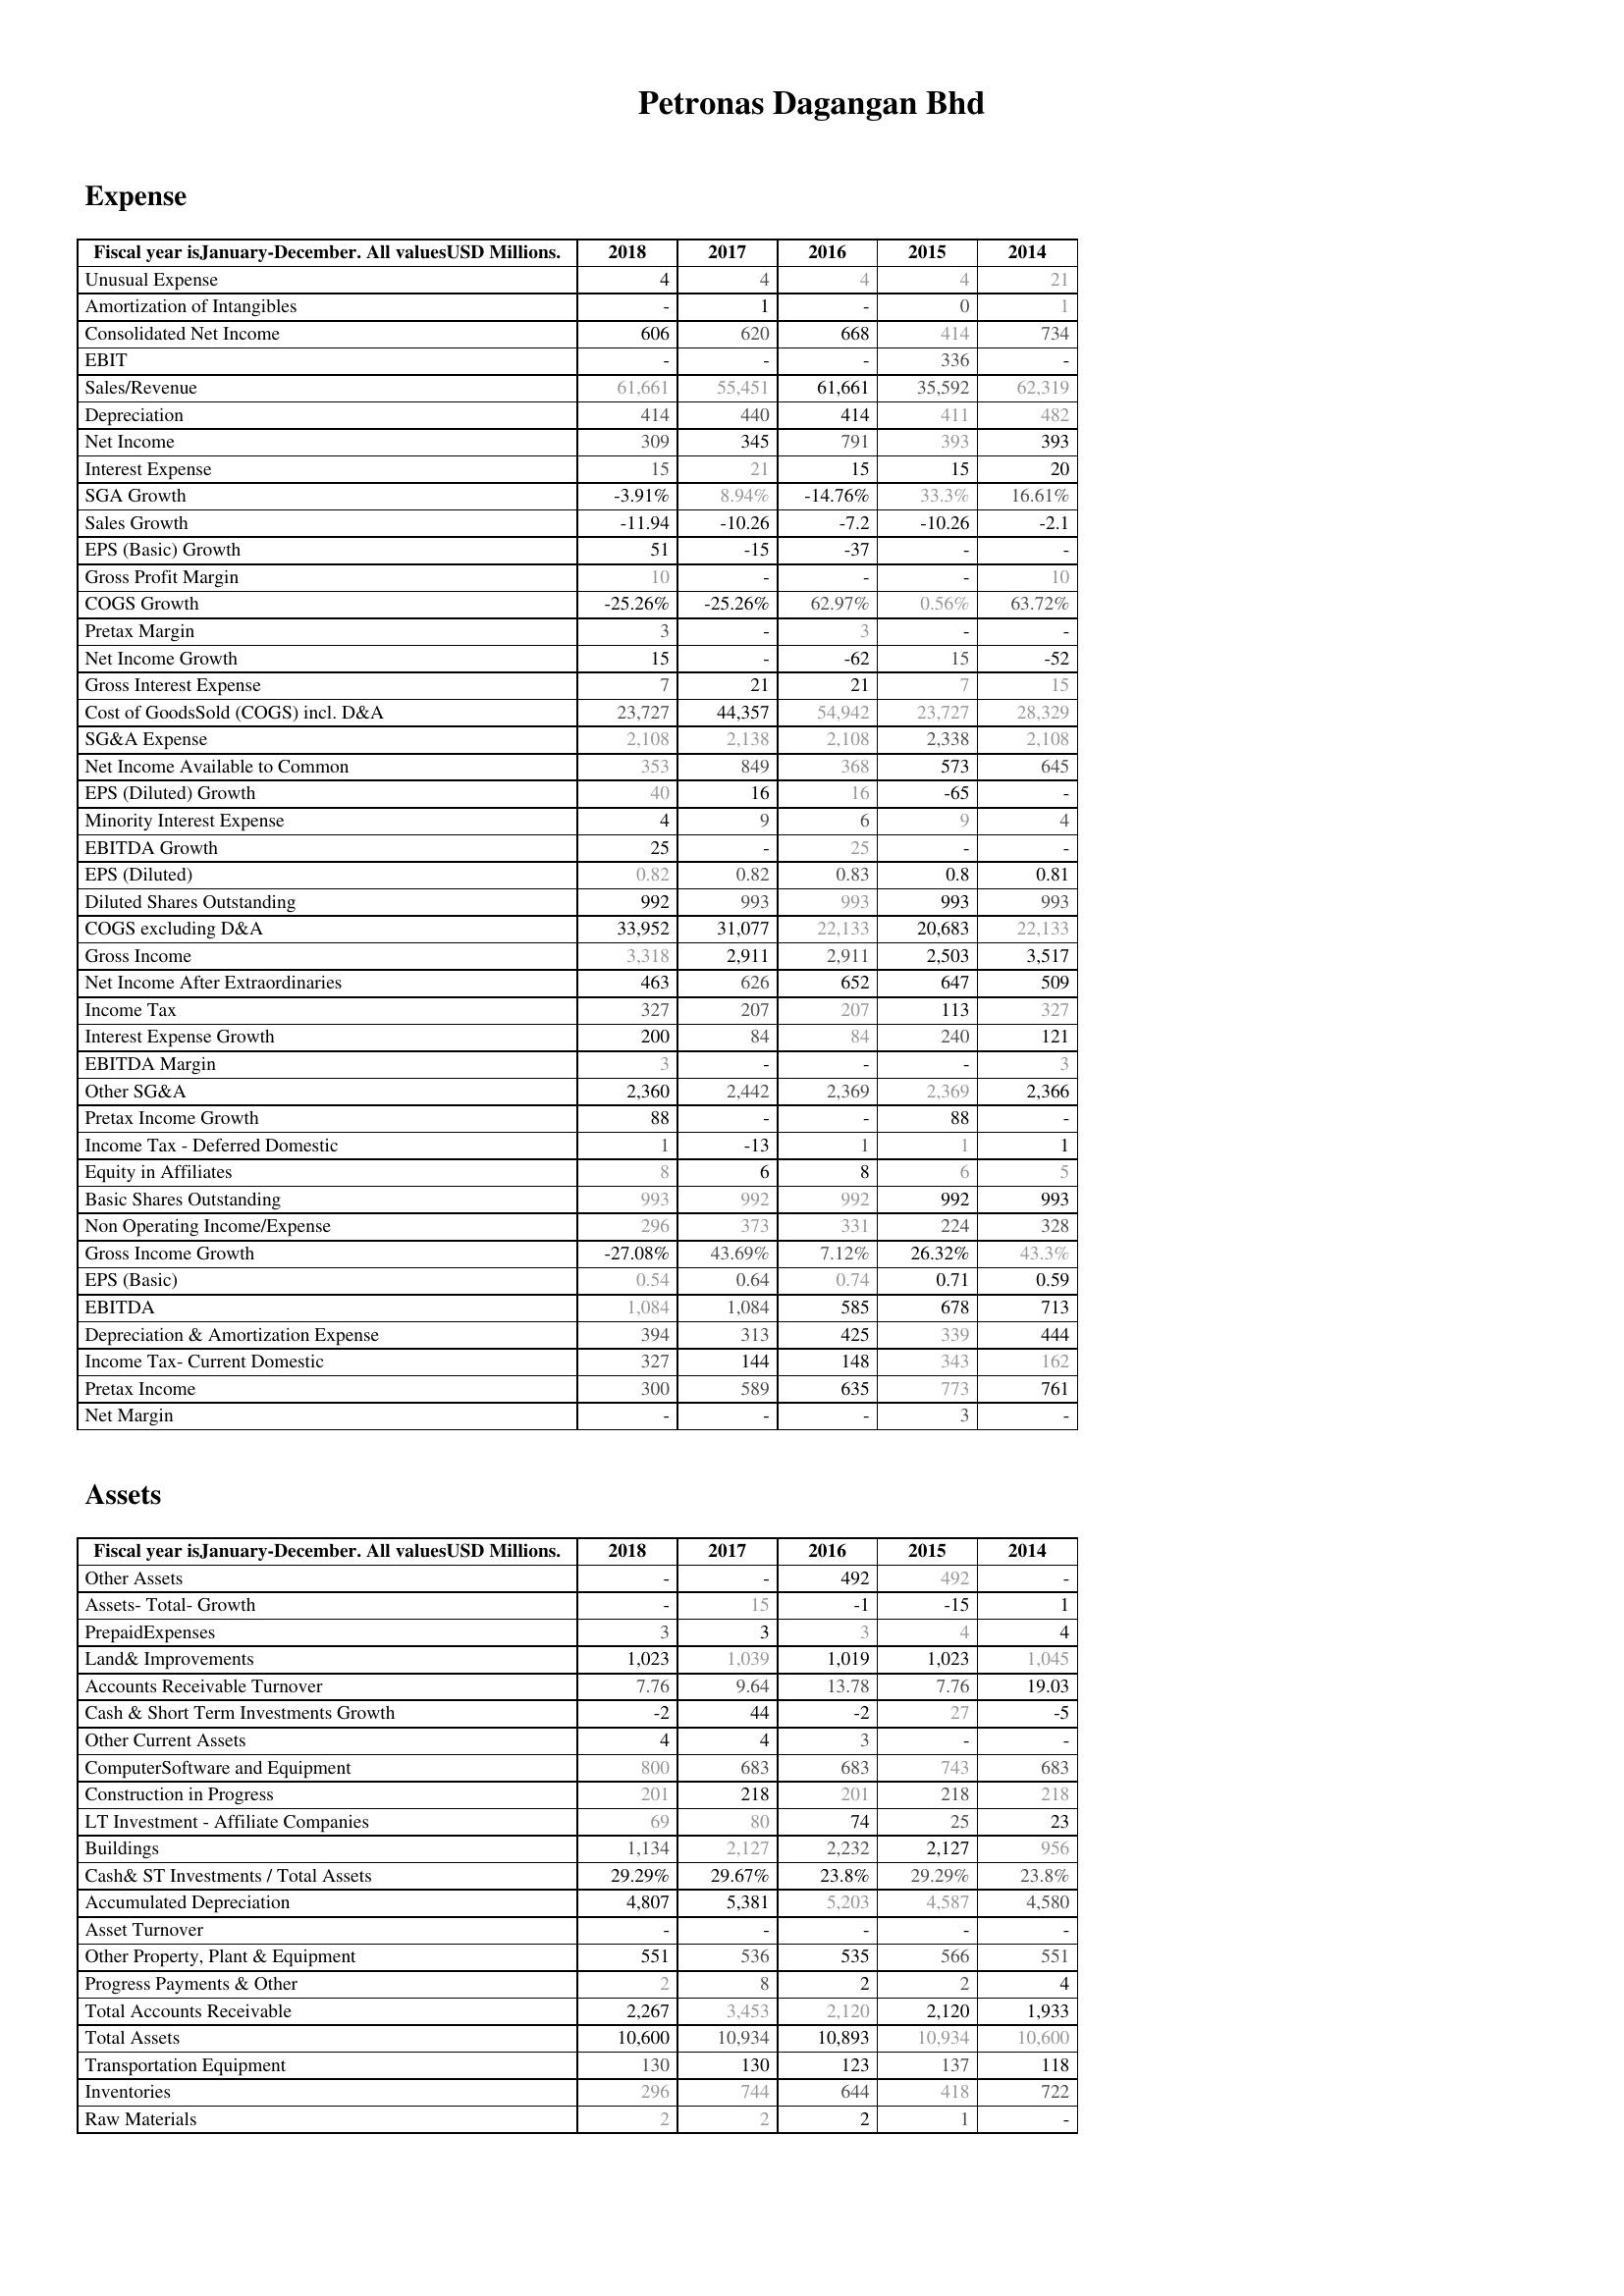
2018: Expense: Unusual Expense: 4
Amortization of Intangibles: -
Consolidated Net Income: 606
EBIT: -
Sales/Revenue: 61,661
Depreciation: 414
Net Income: 309
Interest Expense: 15
SGA Growth: -3.91%
Sales Growth: -11.94
EPS (Basic) Growth: 51
Gross Profit Margin: 10
COGS Growth: -25.26%
Pretax Margin: 3
Net Income Growth: 15
Gross Interest Expense: 7
Cost of GoodsSold (COGS) incl. D&A: 23,727
SG&A Expense: 2,108
Net Income Available to Common: 353
EPS (Diluted) Growth: 40
Minority Interest Expense: 4
EBITDA Growth: 25
EPS (Diluted): 0.82
Diluted Shares Outstanding: 992
COGS excluding D&A: 33,952
Gross Income: 3,318
Net Income After Extraordinaries: 463
Income Tax: 327
Interest Expense Growth: 200
EBITDA Margin: 3
Other SG&A: 2,360
Pretax Income Growth: 88
Income Tax - Deferred Domestic: 1
Equity in Affiliates: 8
Basic Shares Outstanding: 993
Non Operating Income/Expense: 296
Gross Income Growth: -27.08%
EPS (Basic): 0.54
EBITDA: 1,084
Depreciation & Amortization Expense: 394
Income Tax- Current Domestic: 327
Pretax Income: 300
Net Margin: -
Assets: Other Assets: -
Assets- Total- Growth: -
PrepaidExpenses: 3
Land& Improvements: 1,023
Accounts Receivable Turnover: 7.76
Cash & Short Term Investments Growth: -2
Other Current Assets: 4
ComputerSoftware and Equipment: 800
Construction in Progress: 201
LT Investment - Affiliate Companies: 69
Buildings: 1,134
Cash& ST Investments / Total Assets: 29.29%
Accumulated Depreciation: 4,807
Asset Turnover: -
Other Property, Plant & Equipment: 551
Progress Payments & Other: 2
Total Accounts Receivable: 2,267
Total Assets: 10,600
Transportation Equipment: 130
Inventories: 296
Raw Materials: 2
2017: Expense: Unusual Expense: 4
Amortization of Intangibles: 1
Consolidated Net Income: 620
EBIT: -
Sales/Revenue: 55,451
Depreciation: 440
Net Income: 345
Interest Expense: 21
SGA Growth: 8.94%
Sales Growth: -10.26
EPS (Basic) Growth: -15
Gross Profit Margin: -
COGS Growth: -25.26%
Pretax Margin: -
Net Income Growth: -
Gross Interest Expense: 21
Cost of GoodsSold (COGS) incl. D&A: 44,357
SG&A Expense: 2,138
Net Income Available to Common: 849
EPS (Diluted) Growth: 16
Minority Interest Expense: 9
EBITDA Growth: -
EPS (Diluted): 0.82
Diluted Shares Outstanding: 993
COGS excluding D&A: 31,077
Gross Income: 2,911
Net Income After Extraordinaries: 626
Income Tax: 207
Interest Expense Growth: 84
EBITDA Margin: -
Other SG&A: 2,442
Pretax Income Growth: -
Income Tax - Deferred Domestic: -13
Equity in Affiliates: 6
Basic Shares Outstanding: 992
Non Operating Income/Expense: 373
Gross Income Growth: 43.69%
EPS (Basic): 0.64
EBITDA: 1,084
Depreciation & Amortization Expense: 313
Income Tax- Current Domestic: 144
Pretax Income: 589
Net Margin: -
Assets: Other Assets: -
Assets- Total- Growth: 15
PrepaidExpenses: 3
Land& Improvements: 1,039
Accounts Receivable Turnover: 9.64
Cash & Short Term Investments Growth: 44
Other Current Assets: 4
ComputerSoftware and Equipment: 683
Construction in Progress: 218
LT Investment - Affiliate Companies: 80
Buildings: 2,127
Cash& ST Investments / Total Assets: 29.67%
Accumulated Depreciation: 5,381
Asset Turnover: -
Other Property, Plant & Equipment: 536
Progress Payments & Other: 8
Total Accounts Receivable: 3,453
Total Assets: 10,934
Transportation Equipment: 130
Inventories: 744
Raw Materials: 2
2016: Expense: Unusual Expense: 4
Amortization of Intangibles: -
Consolidated Net Income: 668
EBIT: -
Sales/Revenue: 61,661
Depreciation: 414
Net Income: 791
Interest Expense: 15
SGA Growth: -14.76%
Sales Growth: -7.2
EPS (Basic) Growth: -37
Gross Profit Margin: -
COGS Growth: 62.97%
Pretax Margin: 3
Net Income Growth: -62
Gross Interest Expense: 21
Cost of GoodsSold (COGS) incl. D&A: 54,942
SG&A Expense: 2,108
Net Income Available to Common: 368
EPS (Diluted) Growth: 16
Minority Interest Expense: 6
EBITDA Growth: 25
EPS (Diluted): 0.83
Diluted Shares Outstanding: 993
COGS excluding D&A: 22,133
Gross Income: 2,911
Net Income After Extraordinaries: 652
Income Tax: 207
Interest Expense Growth: 84
EBITDA Margin: -
Other SG&A: 2,369
Pretax Income Growth: -
Income Tax - Deferred Domestic: 1
Equity in Affiliates: 8
Basic Shares Outstanding: 992
Non Operating Income/Expense: 331
Gross Income Growth: 7.12%
EPS (Basic): 0.74
EBITDA: 585
Depreciation & Amortization Expense: 425
Income Tax- Current Domestic: 148
Pretax Income: 635
Net Margin: -
Assets: Other Assets: 492
Assets- Total- Growth: -1
PrepaidExpenses: 3
Land& Improvements: 1,019
Accounts Receivable Turnover: 13.78
Cash & Short Term Investments Growth: -2
Other Current Assets: 3
ComputerSoftware and Equipment: 683
Construction in Progress: 201
LT Investment - Affiliate Companies: 74
Buildings: 2,232
Cash& ST Investments / Total Assets: 23.8%
Accumulated Depreciation: 5,203
Asset Turnover: -
Other Property, Plant & Equipment: 535
Progress Payments & Other: 2
Total Accounts Receivable: 2,120
Total Assets: 10,893
Transportation Equipment: 123
Inventories: 644
Raw Materials: 2
2015: Expense: Unusual Expense: 4
Amortization of Intangibles: 0
Consolidated Net Income: 414
EBIT: 336
Sales/Revenue: 35,592
Depreciation: 411
Net Income: 393
Interest Expense: 15
SGA Growth: 33.3%
Sales Growth: -10.26
EPS (Basic) Growth: -
Gross Profit Margin: -
COGS Growth: 0.56%
Pretax Margin: -
Net Income Growth: 15
Gross Interest Expense: 7
Cost of GoodsSold (COGS) incl. D&A: 23,727
SG&A Expense: 2,338
Net Income Available to Common: 573
EPS (Diluted) Growth: -65
Minority Interest Expense: 9
EBITDA Growth: -
EPS (Diluted): 0.8
Diluted Shares Outstanding: 993
COGS excluding D&A: 20,683
Gross Income: 2,503
Net Income After Extraordinaries: 647
Income Tax: 113
Interest Expense Growth: 240
EBITDA Margin: -
Other SG&A: 2,369
Pretax Income Growth: 88
Income Tax - Deferred Domestic: 1
Equity in Affiliates: 6
Basic Shares Outstanding: 992
Non Operating Income/Expense: 224
Gross Income Growth: 26.32%
EPS (Basic): 0.71
EBITDA: 678
Depreciation & Amortization Expense: 339
Income Tax- Current Domestic: 343
Pretax Income: 773
Net Margin: 3
Assets: Other Assets: 492
Assets- Total- Growth: -15
PrepaidExpenses: 4
Land& Improvements: 1,023
Accounts Receivable Turnover: 7.76
Cash & Short Term Investments Growth: 27
Other Current Assets: -
ComputerSoftware and Equipment: 743
Construction in Progress: 218
LT Investment - Affiliate Companies: 25
Buildings: 2,127
Cash& ST Investments / Total Assets: 29.29%
Accumulated Depreciation: 4,587
Asset Turnover: -
Other Property, Plant & Equipment: 566
Progress Payments & Other: 2
Total Accounts Receivable: 2,120
Total Assets: 10,934
Transportation Equipment: 137
Inventories: 418
Raw Materials: 1
2014: Expense: Unusual Expense: 21
Amortization of Intangibles: 1
Consolidated Net Income: 734
EBIT: -
Sales/Revenue: 62,319
Depreciation: 482
Net Income: 393
Interest Expense: 20
SGA Growth: 16.61%
Sales Growth: -2.1
EPS (Basic) Growth: -
Gross Profit Margin: 10
COGS Growth: 63.72%
Pretax Margin: -
Net Income Growth: -52
Gross Interest Expense: 15
Cost of GoodsSold (COGS) incl. D&A: 28,329
SG&A Expense: 2,108
Net Income Available to Common: 645
EPS (Diluted) Growth: -
Minority Interest Expense: 4
EBITDA Growth: -
EPS (Diluted): 0.81
Diluted Shares Outstanding: 993
COGS excluding D&A: 22,133
Gross Income: 3,517
Net Income After Extraordinaries: 509
Income Tax: 327
Interest Expense Growth: 121
EBITDA Margin: 3
Other SG&A: 2,366
Pretax Income Growth: -
Income Tax - Deferred Domestic: 1
Equity in Affiliates: 5
Basic Shares Outstanding: 993
Non Operating Income/Expense: 328
Gross Income Growth: 43.3%
EPS (Basic): 0.59
EBITDA: 713
Depreciation & Amortization Expense: 444
Income Tax- Current Domestic: 162
Pretax Income: 761
Net Margin: -
Assets: Other Assets: -
Assets- Total- Growth: 1
PrepaidExpenses: 4
Land& Improvements: 1,045
Accounts Receivable Turnover: 19.03
Cash & Short Term Investments Growth: -5
Other Current Assets: -
ComputerSoftware and Equipment: 683
Construction in Progress: 218
LT Investment - Affiliate Companies: 23
Buildings: 956
Cash& ST Investments / Total Assets: 23.8%
Accumulated Depreciation: 4,580
Asset Turnover: -
Other Property, Plant & Equipment: 551
Progress Payments & Other: 4
Total Accounts Receivable: 1,933
Total Assets: 10,600
Transportation Equipment: 118
Inventories: 722
Raw Materials: -